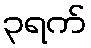
၃ရက်